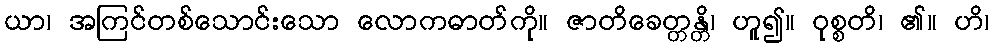
ယာ၊ အကြင်တစ်သောင်းသော လောကဓာတ်ကို။ ဇာတိခေတ္တန္တိ၊ ဟူ၍။ ဝုစ္စတိ၊ ၏။ ဟိ၊